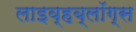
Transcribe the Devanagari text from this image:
लाइव्हब्लॉग्स